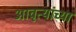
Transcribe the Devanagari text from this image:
आवृत्यांच्या